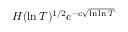
H ( \ln T ) ^ { 1 / 2 } e ^ { - c { \sqrt { \ln \ln T } } }